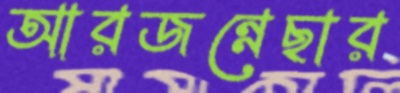
আরজন্নেছার